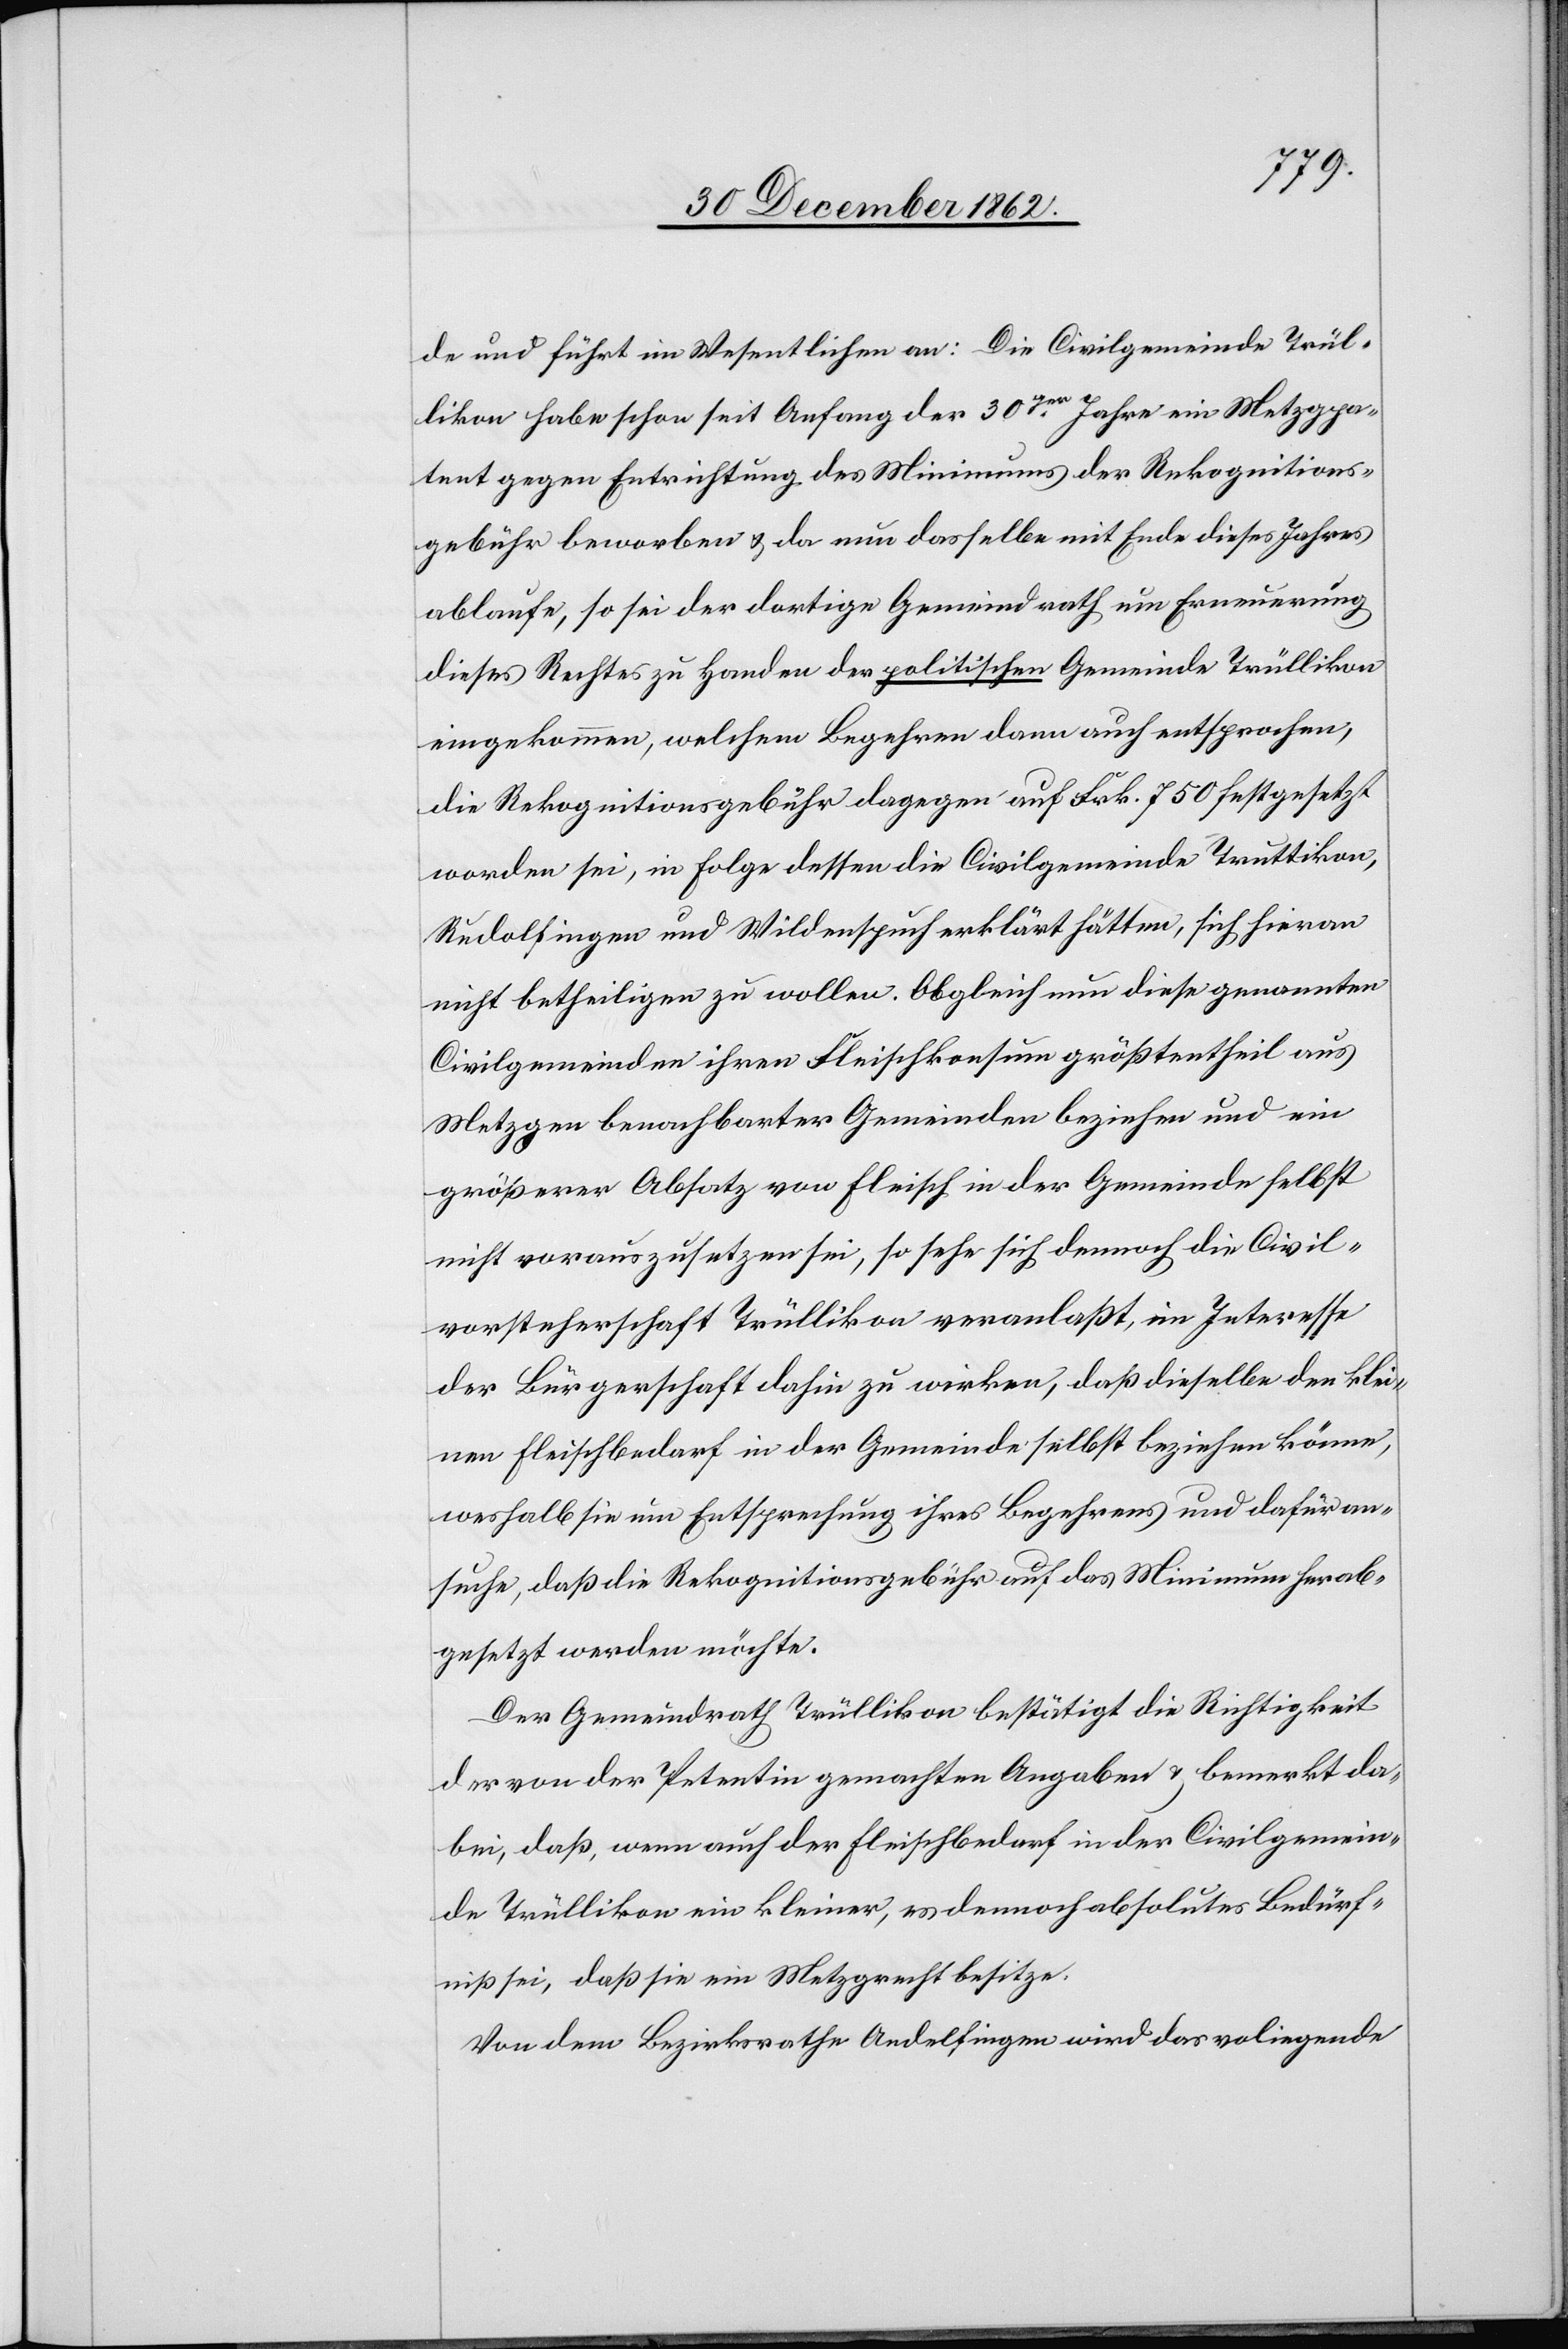
de und führt im Wesentlichen an: Die Civilgemeinde Trül¬
likon habe schon seit Anfang der 30ger Jahre ein Metzgpa¬
tent gegen Entrichtung des Minimums der Rekognitions¬
gebühr beworben u. da nun dasselbe mit Ende dieses Jahres
ablaufe, so sei der dortige Gemeindrath um Erneuerung
dieses Rechtes zu Handen der politischen Gemeinde Trüllikon
eingekommen, welchem Begehren dann auch entsprochen,
die Rekognitionsgebühr dagegen auf Frk. 750 festgesetzt
worden sei, in Folge dessen die Civilgemeinde[n] Truttikon,
Rudolfingen und Wildenspuch erklärt hätten, sich hieran
nicht betheiligen zu wollen. Obgleich nun diese genannten
Civilgemeinden ihren Fleischkonsum größtentheils aus
Metzgen benachbarter Gemeinden beziehen und ein
größerer Absatz von Fleisch in der Gemeinde selbst
nicht vorauszusetzen sei, so sehe sich dennoch die Civil¬
vorsteherschaft Trüllikon veranlaßt, im Interesse
der Bürgerschaft dahin zu wirken, daß dieselbe den klei¬
nen Fleischbedarf in der Gemeinde selbst beziehen könne,
weshalb sie um Entsprechung ihres Begehrens und dafür an¬
suche, daß die Rekognitionsgebühr auf das Minimum herab¬
gesetzt werden möchte.
Der Gemeindrath Trüllikon bestätigt die Richtigkeit
der von der Petentin gemachten Angaben u. bemerkt da¬
bei, daß, wenn auch der Fleischbedarf in der Civilgemein¬
de Trüllikon ein kleiner, es dennoch absolutes Bedürf¬
niß sei, daß sie ein Metzgrecht besitze.
Von dem Bezirksrathe Andelfingen wird das vorliegende